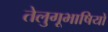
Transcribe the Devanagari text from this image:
तेलुगूभाषियों